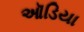
ઑડિયા